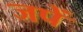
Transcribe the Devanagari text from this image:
जपें